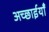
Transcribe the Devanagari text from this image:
अच्छाईयाँ